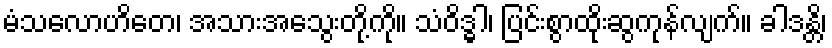
မံသလောဟိတေ၊ အသားအသွေးတို့ကို။ သံဝိဒ္ဓါ၊ ပြင်းစွာထိုးဆွကုန်လျက်။ ခါဒန္တိ၊